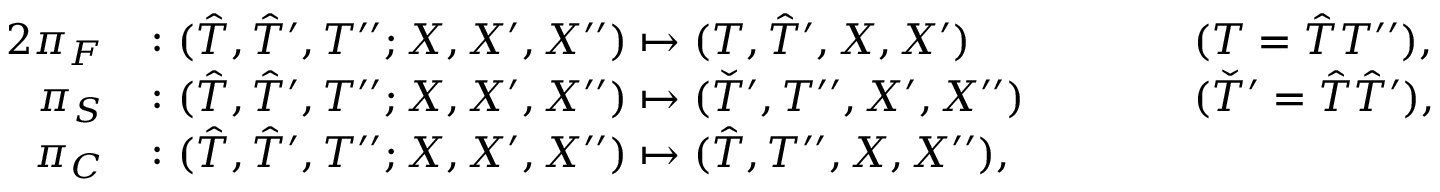
\begin{array} { r l r l } { { 2 } \pi _ { F } } & { \colon ( \hat { T } , \hat { T } ^ { \prime } , T ^ { \prime \prime } ; X , X ^ { \prime } , X ^ { \prime \prime } ) \mapsto ( T , \hat { T } ^ { \prime } , X , X ^ { \prime } ) } & & { \qquad ( T = \hat { T } T ^ { \prime \prime } ) , } \\ { \pi _ { S } } & { \colon ( \hat { T } , \hat { T } ^ { \prime } , T ^ { \prime \prime } ; X , X ^ { \prime } , X ^ { \prime \prime } ) \mapsto ( \check { T } ^ { \prime } , T ^ { \prime \prime } , X ^ { \prime } , X ^ { \prime \prime } ) } & & { \qquad ( \check { T } ^ { \prime } = \hat { T } \hat { T } ^ { \prime } ) , } \\ { \pi _ { C } } & { \colon ( \hat { T } , \hat { T } ^ { \prime } , T ^ { \prime \prime } ; X , X ^ { \prime } , X ^ { \prime \prime } ) \mapsto ( \hat { T } , T ^ { \prime \prime } , X , X ^ { \prime \prime } ) , } & & { } \end{array}